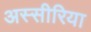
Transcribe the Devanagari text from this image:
अस्सीरिया